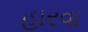
હારવા